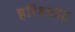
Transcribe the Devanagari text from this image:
हरिश्च्चंद्र